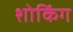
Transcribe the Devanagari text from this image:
शोकिंग